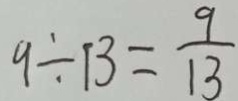
9 \div 1 3 = \frac { 9 } { 1 3 }